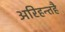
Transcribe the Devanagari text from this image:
अरिहन्तहै